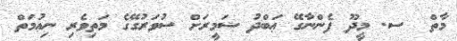
މާތް  ސ. މީދޫ ފެންނާގޭ ޢަބްދު ޟަމީރަށް ސުވަރުގޭގެ މަތިވެރި ނިޢުމަތް